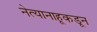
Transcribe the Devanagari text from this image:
नेत्यानाहूकडून